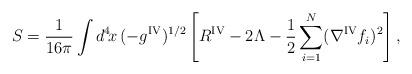
LaTeX: \begin{align*}S = \frac{1}{16 \pi} \int d^4\!x\, (-g^{{\rm IV}})^{1/2} \left[ R^{{\rm IV}} - 2 \Lambda - \frac{1}{2} \sum_{i=1}^{N} (\nabla^{{\rm IV}} f_i)^2 \right],\end{align*}